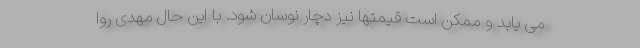
می یابد و ممکن است قیمتها نیز دچار نوسان شود. با این حال مهدی روا